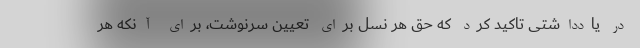
در یادداشتی تاکید کرد که حق هر نسل برای تعیین سرنوشت، برای آنکه هر